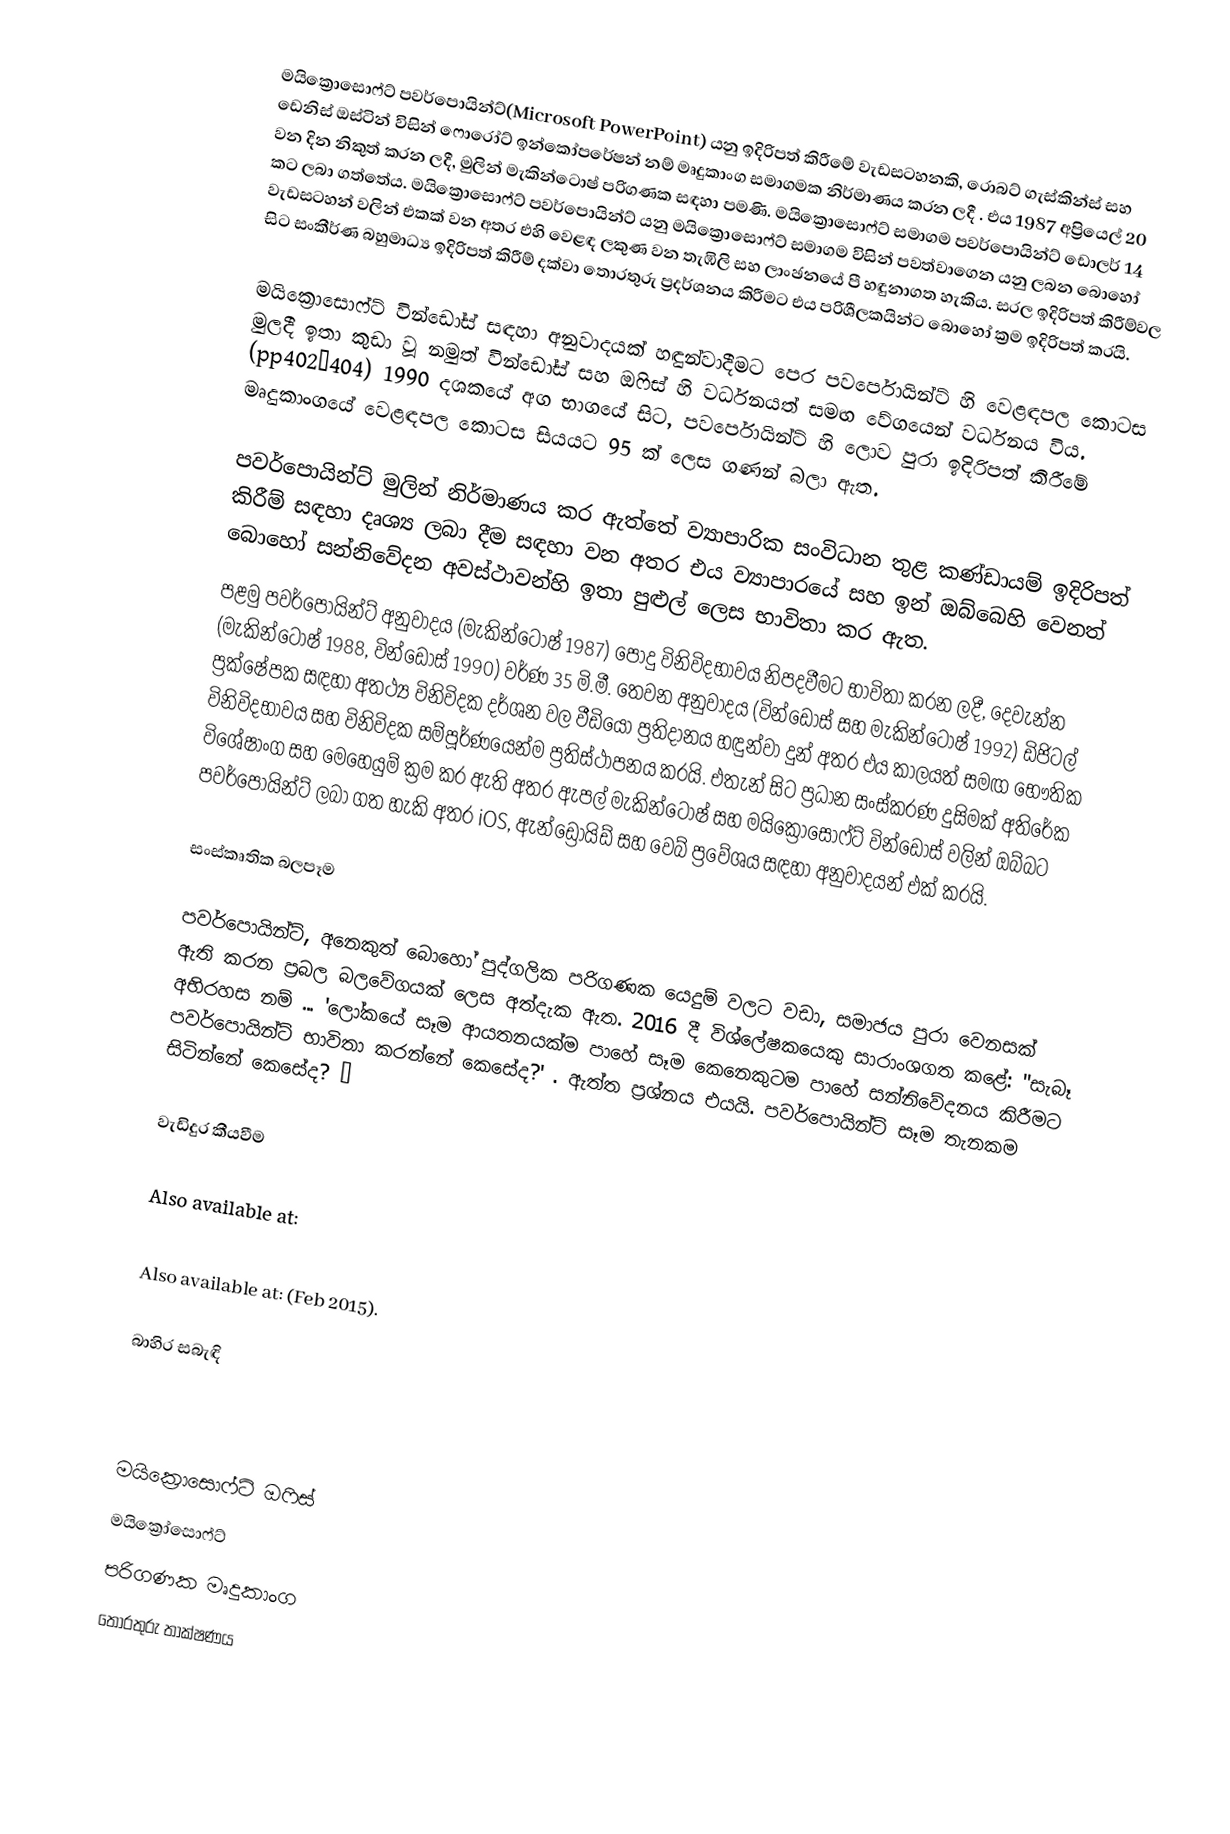
මයික්‍රොසොෆ්ට් පවර්පොයින්ට්(Microsoft PowerPoint) යනු ඉදිරිපත් කිරීමේ වැඩසටහනකි,  රොබට් ගැස්කින්ස් සහ ඩෙනිස් ඔස්ටින්  විසින් ෆොරෝට් ඉන්කෝපරේෂන් නම් මෘදුකාංග සමාගමක නිර්මාණය කරන ලදී .  එය 1987 අප්‍රියෙල් 20 වන දින නිකුත් කරන ලදී,  මුලින් මැකින්ටොෂ් පරිගණක සඳහා පමණි.  මයික්‍රොසොෆ්ට් සමාගම පවර්පොයින්ට් ඩොලර් 14 කට ලබා ගත්තේය. මයික්‍රොසොෆ්ට් පවර්පොයින්ට් යනු මයික්‍රොසොෆ්ට් සමාගම විසින් පවත්වාගෙන යනු ලබන බොහෝ වැඩසටහන් වලින් එකක් වන අතර එහි වෙළඳ ලකුණ වන තැඹිලි සහ ලාංඡනයේ පී හඳුනාගත හැකිය. සරල ඉදිරිපත් කිරීම්වල සිට සංකීර්ණ බහුමාධ්‍ය ඉදිරිපත් කිරීම් දක්වා තොරතුරු ප්‍රදර්ශනය කිරීමට එය පරිශීලකයින්ට බොහෝ ක්‍රම ඉදිරිපත් කරයි.

මයික්‍රොසොෆ්ට් වින්ඩෝස් සඳහා අනුවාදයක් හඳුන්වාදීමට පෙර පවර්පොයින්ට් හි වෙළඳපල කොටස මුලදී ඉතා කුඩා වූ නමුත් වින්ඩෝස් සහ ඔෆිස් හි වර්ධනයත් සමඟ වේගයෙන් වර්ධනය විය.  (pp402–404) 1990 දශකයේ අග භාගයේ සිට, පවර්පොයින්ට් හි ලොව පුරා ඉදිරිපත් කිරීමේ මෘදුකාංගයේ වෙළඳපල කොටස සියයට 95 ක් ලෙස ගණන් බලා ඇත.

පවර්පොයින්ට් මුලින් නිර්මාණය කර ඇත්තේ ව්‍යාපාරික සංවිධාන තුළ කණ්ඩායම් ඉදිරිපත් කිරීම් සඳහා දෘශ්‍ය ලබා දීම සඳහා වන අතර එය ව්‍යාපාරයේ සහ ඉන් ඔබ්බෙහි වෙනත් බොහෝ සන්නිවේදන අවස්ථාවන්හි ඉතා පුළුල් ලෙස භාවිතා කර ඇත.
පළමු පවර්පොයින්ට් අනුවාදය (මැකින්ටොෂ් 1987) පොදු විනිවිදභාවය නිපදවීමට භාවිතා කරන ලදී,  දෙවැන්න (මැකින්ටොෂ් 1988, වින්ඩෝස් 1990) වර්ණ 35 මි.මී.  තෙවන අනුවාදය (වින්ඩෝස් සහ මැකින්ටොෂ් 1992) ඩිජිටල් ප්‍රක්ෂේපක සඳහා අතථ්‍ය විනිවිදක දර්ශන වල වීඩියෝ ප්‍රතිදානය හඳුන්වා දුන් අතර එය කාලයත් සමඟ භෞතික විනිවිදභාවය සහ විනිවිදක සම්පූර්ණයෙන්ම ප්‍රතිස්ථාපනය කරයි.  එතැන් සිට ප්‍රධාන සංස්කරණ දුසිමක් අතිරේක විශේෂාංග සහ මෙහෙයුම් ක්‍රම  කර ඇති අතර ඇපල් මැකින්ටොෂ් සහ මයික්‍රොසොෆ්ට් වින්ඩෝස් වලින් ඔබ්බට පවර්පොයින්ට් ලබා ගත හැකි අතර iOS, ඇන්ඩ්‍රොයිඩ් සහ වෙබ් ප්‍රවේශය සඳහා අනුවාදයන් එක් කරයි.

සංස්කෘතික බලපෑම

පවර්පොයින්ට්, අනෙකුත් බොහෝ පුද්ගලික පරිගණක යෙදුම් වලට වඩා, සමාජය පුරා වෙනසක් ඇති කරන ප්‍රබල බලවේගයක් ලෙස අත්දැක ඇත. 2016 දී විශ්ලේෂකයෙකු සාරාංශගත කළේ: "සැබෑ අභිරහස නම් ... 'ලෝකයේ සෑම ආයතනයක්ම පාහේ සෑම කෙනෙකුටම පාහේ සන්නිවේදනය කිරීමට පවර්පොයින්ට් භාවිතා කරන්නේ කෙසේද?' . ඇත්ත ප්‍රශ්නය එයයි. පවර්පොයින්ට් සෑම තැනකම සිටින්නේ කෙසේද? ”

වැඩිදුර කීයවීම

 Also available at:

 Also available at:  (Feb 2015).

බාහිර සබැඳි

මයික්‍රොසොෆ්ට් ඔෆිස්
මයික්‍රෝසොෆ්ට්
පරිගණක මෘදුකාංග
තොරතුරු තාක්ෂණය